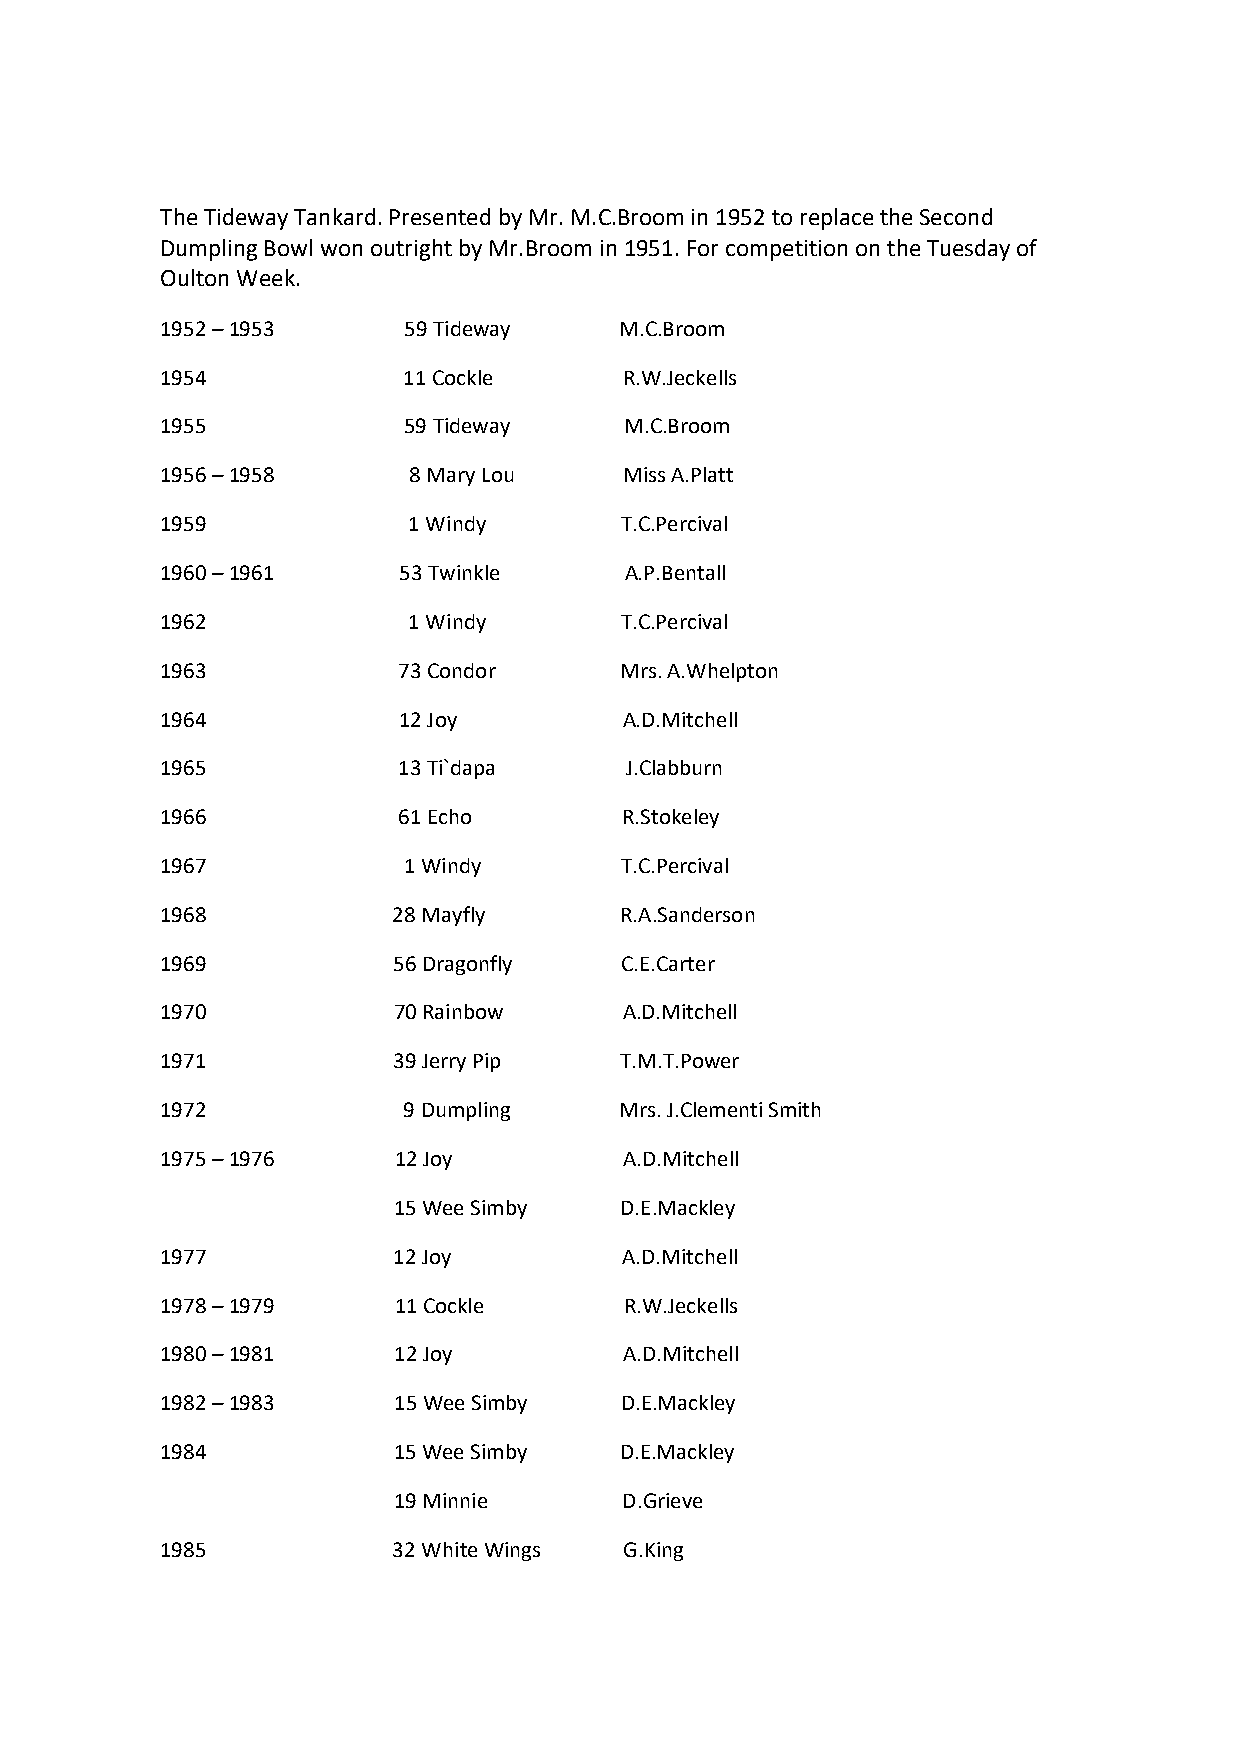
The Tideway Tankard. Presented by Mr. M.C.Broom in 1952 to replace the Second
 Dumpling Bowl won outright by Mr.Broom in 1951. For competition on the Tuesday of
 Oulton Week.
 1952 – 1953     59 Tideway    M.C.Broom
 1954            11 Cockle     R.W.Jeckells
 1955            59 Tideway    M.C.Broom
 1956 – 1958     8 Mary Lou    Miss A.Platt
 1959            1 Windy       T.C.Percival
 1960 – 1961    53 Twinkle     A.P.Bentall
 1962            1 Windy       T.C.Percival
 1963           73 Condor      Mrs. A.Whelpton
 1964           12 Joy         A.D.Mitchell
 1965           13 Ti`dapa     J.Clabburn
 1966           61 Echo        R.Stokeley
 1967            1 Windy       T.C.Percival
 1968           28 Mayfly      R.A.Sanderson
 1969           56 Dragonfly   C.E.Carter
 1970           70 Rainbow     A.D.Mitchell
 1971           39 Jerry Pip   T.M.T.Power
 1972            9 Dumpling    Mrs. J.Clementi Smith
 1975 – 1976    12 Joy         A.D.Mitchell
 15 Wee Simby   D.E.Mackley
 1977           12 Joy         A.D.Mitchell
 1978 – 1979    11 Cockle      R.W.Jeckells
 1980 – 1981    12 Joy         A.D.Mitchell
 1982 – 1983    15 Wee Simby   D.E.Mackley
 1984           15 Wee Simby   D.E.Mackley
 19 Minnie      D.Grieve
 1985           32 White Wings G.King